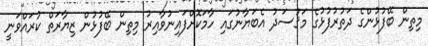
މިތިން ބޭފުޅުންގެ ދަތުރުފުޅުގެ މަޤުސަދު އެބަޔާނުގައި ހާމަކޮށްފައިނުވާއިރު މިތިން ބޭފުޅުން ޒިޔާރަތް ކުރައްވަނީ